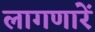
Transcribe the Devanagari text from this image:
लागणारें